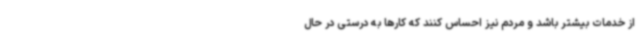
از خدمات بیشتر باشد و مردم نیز احساس کنند که کارها به درستی در حال